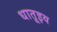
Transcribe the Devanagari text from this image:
धातूइय